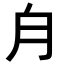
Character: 𣍝